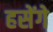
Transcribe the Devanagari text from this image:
हसेंगे